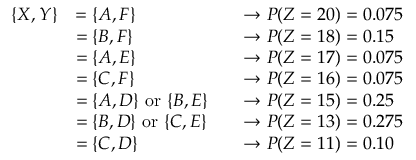
\begin{array} { r l r l } { \{ X , Y \} } & { = \{ A , F \} } & & { \rightarrow P ( Z = 2 0 ) = 0 . 0 7 5 } \\ & { = \{ B , F \} } & & { \rightarrow P ( Z = 1 8 ) = 0 . 1 5 } \\ & { = \{ A , E \} } & & { \rightarrow P ( Z = 1 7 ) = 0 . 0 7 5 } \\ & { = \{ C , F \} } & & { \rightarrow P ( Z = 1 6 ) = 0 . 0 7 5 } \\ & { = \{ A , D \} \mathrm { ~ o r ~ } \{ B , E \} } & & { \rightarrow P ( Z = 1 5 ) = 0 . 2 5 } \\ & { = \{ B , D \} \mathrm { ~ o r ~ } \{ C , E \} } & & { \rightarrow P ( Z = 1 3 ) = 0 . 2 7 5 } \\ & { = \{ C , D \} } & & { \rightarrow P ( Z = 1 1 ) = 0 . 1 0 } \end{array}